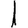
Digit: 1